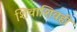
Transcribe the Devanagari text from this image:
शिवाशिवही